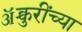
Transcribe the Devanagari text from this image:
ॲक्चुरींच्या